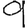
Digit: 9